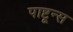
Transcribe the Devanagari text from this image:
पाष्टून्स